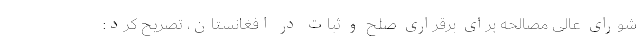
شورای عالی مصالحه برای برقراری صلح و ثبات در افغانستان، تصریح کرد: